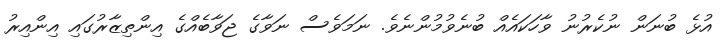
އުޅެ ބުނަން ނުކެރުނު ވާހަކައެއް ބުނެވުމުންނެވެ. ނަމަވެސް ނަވާގެ ޖަވާބެއްގެ އިންތިޒާރުގައި އިންއިރު